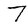
Character: 7